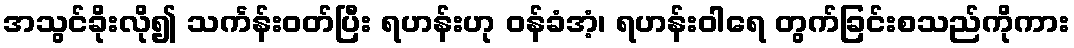
အသွင်ခိုးလို၍ သင်္ကန်းဝတ်ပြီး ရဟန်းဟု ဝန်ခံအံ့၊ ရဟန်းဝါရေ တွက်ခြင်းစသည်ကိုကား